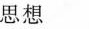
思想